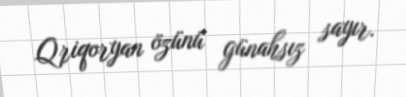
Qriqoryan özünü günahsız sayır.